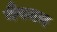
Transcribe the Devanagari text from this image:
नैपमन